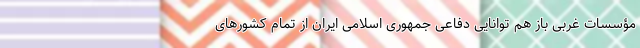
مؤسسات غربی باز هم توانایی دفاعی جمهوری اسلامی ایران از تمام کشورهای